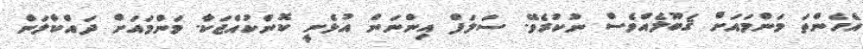
އެހެންތަ މަންމައަށް ޤަބޫލެއްވެސް ނުކުރެވޭ. ސަލަފް އިންނަން އުޅެނީ ކޮންކުއްޖަކާ. މަންމައަށް ދައްކާލަން